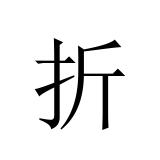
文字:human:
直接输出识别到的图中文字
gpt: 折